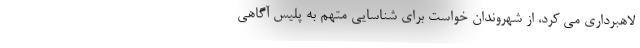
لاهبرداری می کرد، از شهروندان خواست برای شناسایی متهم به پلیس آگاهی